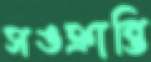
সঙক্রান্তি